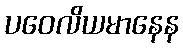
ပဝေလိယမာနေန